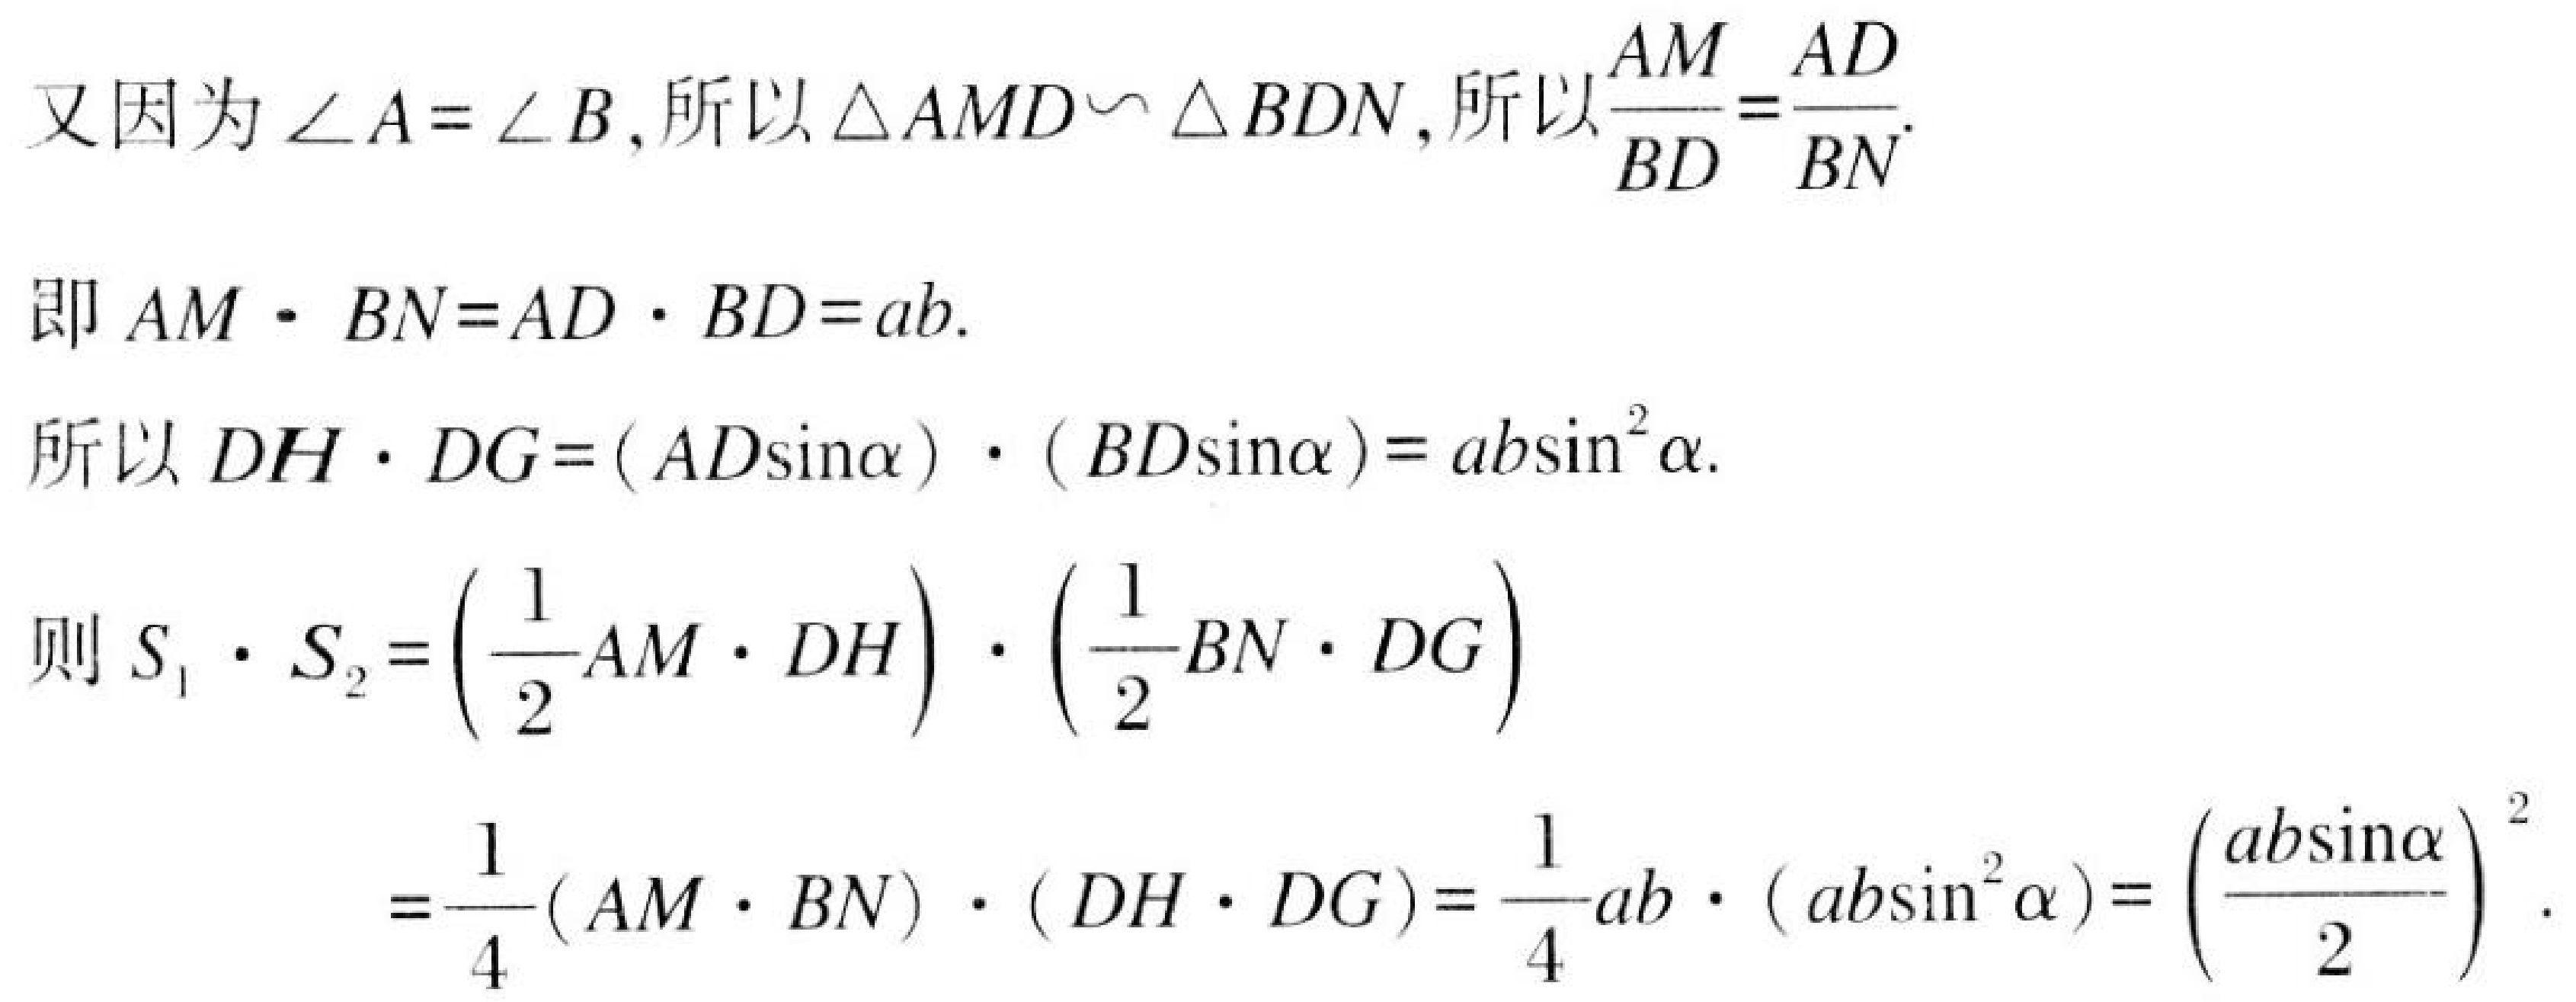
又因为\(\angle A = \angle B\), 所以\(\triangle AMD\backsim\triangle BDN\), 所以\(\frac{AM}{BD}=\frac{AD}{BN}\).
即\(AM\cdot BN = AD\cdot BD = ab\).
所以\(DH\cdot DG=(AD\sin\alpha)\cdot(BD\sin\alpha)=ab\sin^{2}\alpha\).
则\(S_{1}\cdot S_{2}=\left(\frac{1}{2}AM\cdot DH\right)\cdot\left(\frac{1}{2}BN\cdot DG\right)\)
\(=\frac{1}{4}(AM\cdot BN)\cdot(DH\cdot DG)=\frac{1}{4}ab\cdot(ab\sin^{2}\alpha)=\left(\frac{ab\sin\alpha}{2}\right)^{2}\).